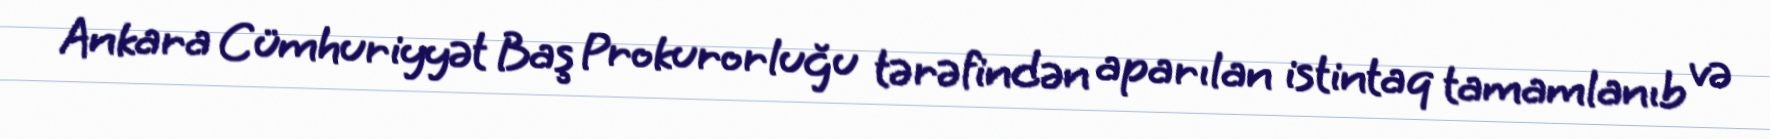
Ankara Cümhuriyyət Baş Prokurorluğu tərəfindən aparılan istintaq tamamlanıb və